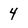
Character: 4